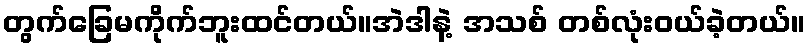
တွက်ခြေမကိုက်ဘူးထင်တယ်။အဲဒါနဲ့ အသစ် တစ်လုံးဝယ်ခဲ့တယ်။